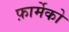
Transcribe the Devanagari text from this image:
फ़ार्मेको